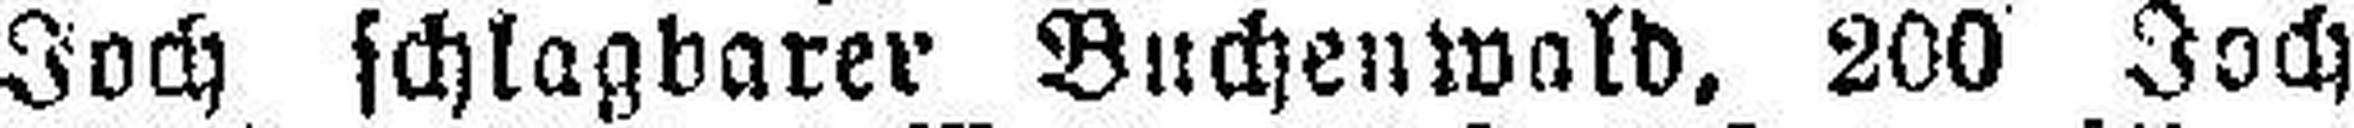
Joch schlagbarer Buchenwald, 200 Joch